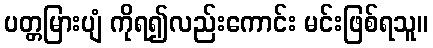
ပတ္တမြားပျံ ကိုရ၍လည်းကောင်း မင်းဖြစ်ရသူ။